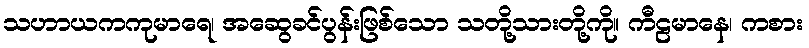
သဟာယကကုမာရေ၊ အဆွေခင်ပွန်းဖြစ်သော သတို့သားတို့ကို။ ကီဠမာနေ၊ ကစား